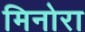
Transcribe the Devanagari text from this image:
मिनोरा